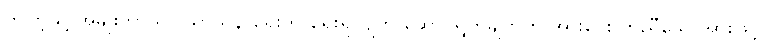
ဤကဲ့သို့ အမျိုးဘာသာ သာသနာရေးကို ရှေးရှုလျက် ဆောင်ရွက်ချက်ကို အားပေး ကူညီသောအားဖြင့်